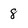
Character: 8